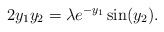
\begin{align*} 2 y_1 y_2 = \lambda e^{-y_1} \sin (y_2). \end{align*}